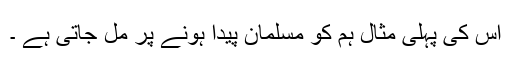
اس کی پہلی مثال ہم کو مسلمان پیدا ہونے پر مل جاتی ہے ۔